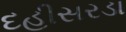
દહીસરડા